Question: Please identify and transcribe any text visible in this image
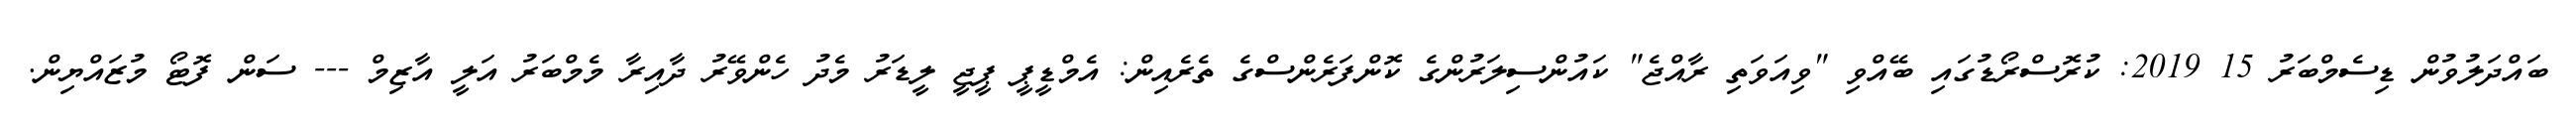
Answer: ބައްދަލުވުން ޑިސެމްބަރު 15 2019: ކުރޮސްރޯޑުގައި ބޭއްވި "ވިއަވަތި ރާއްޖެ" ކައުންސިލަރުންގެ ކޮންފަރެންސްގެ ތެރެއިން: އެމްޑީޕީ ޕީޖީ ލީޑަރު މެދު ހެންވޭރު ދާއިރާ މެމްބަރު އަލީ އާޒިމް --- ސަން ފޮޓޯ މުޒައްޔިން.